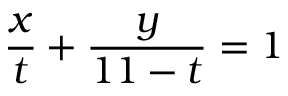
{ \frac { x } { t } } + { \frac { y } { 1 1 - t } } = 1